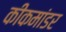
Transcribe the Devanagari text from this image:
कीकमांडर